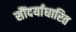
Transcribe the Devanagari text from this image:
सौंदर्याधारित